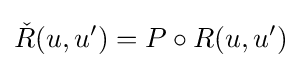
{\check {R}}(u,u')=P\circ R(u,u')